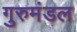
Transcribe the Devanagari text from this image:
गुरुमंडल